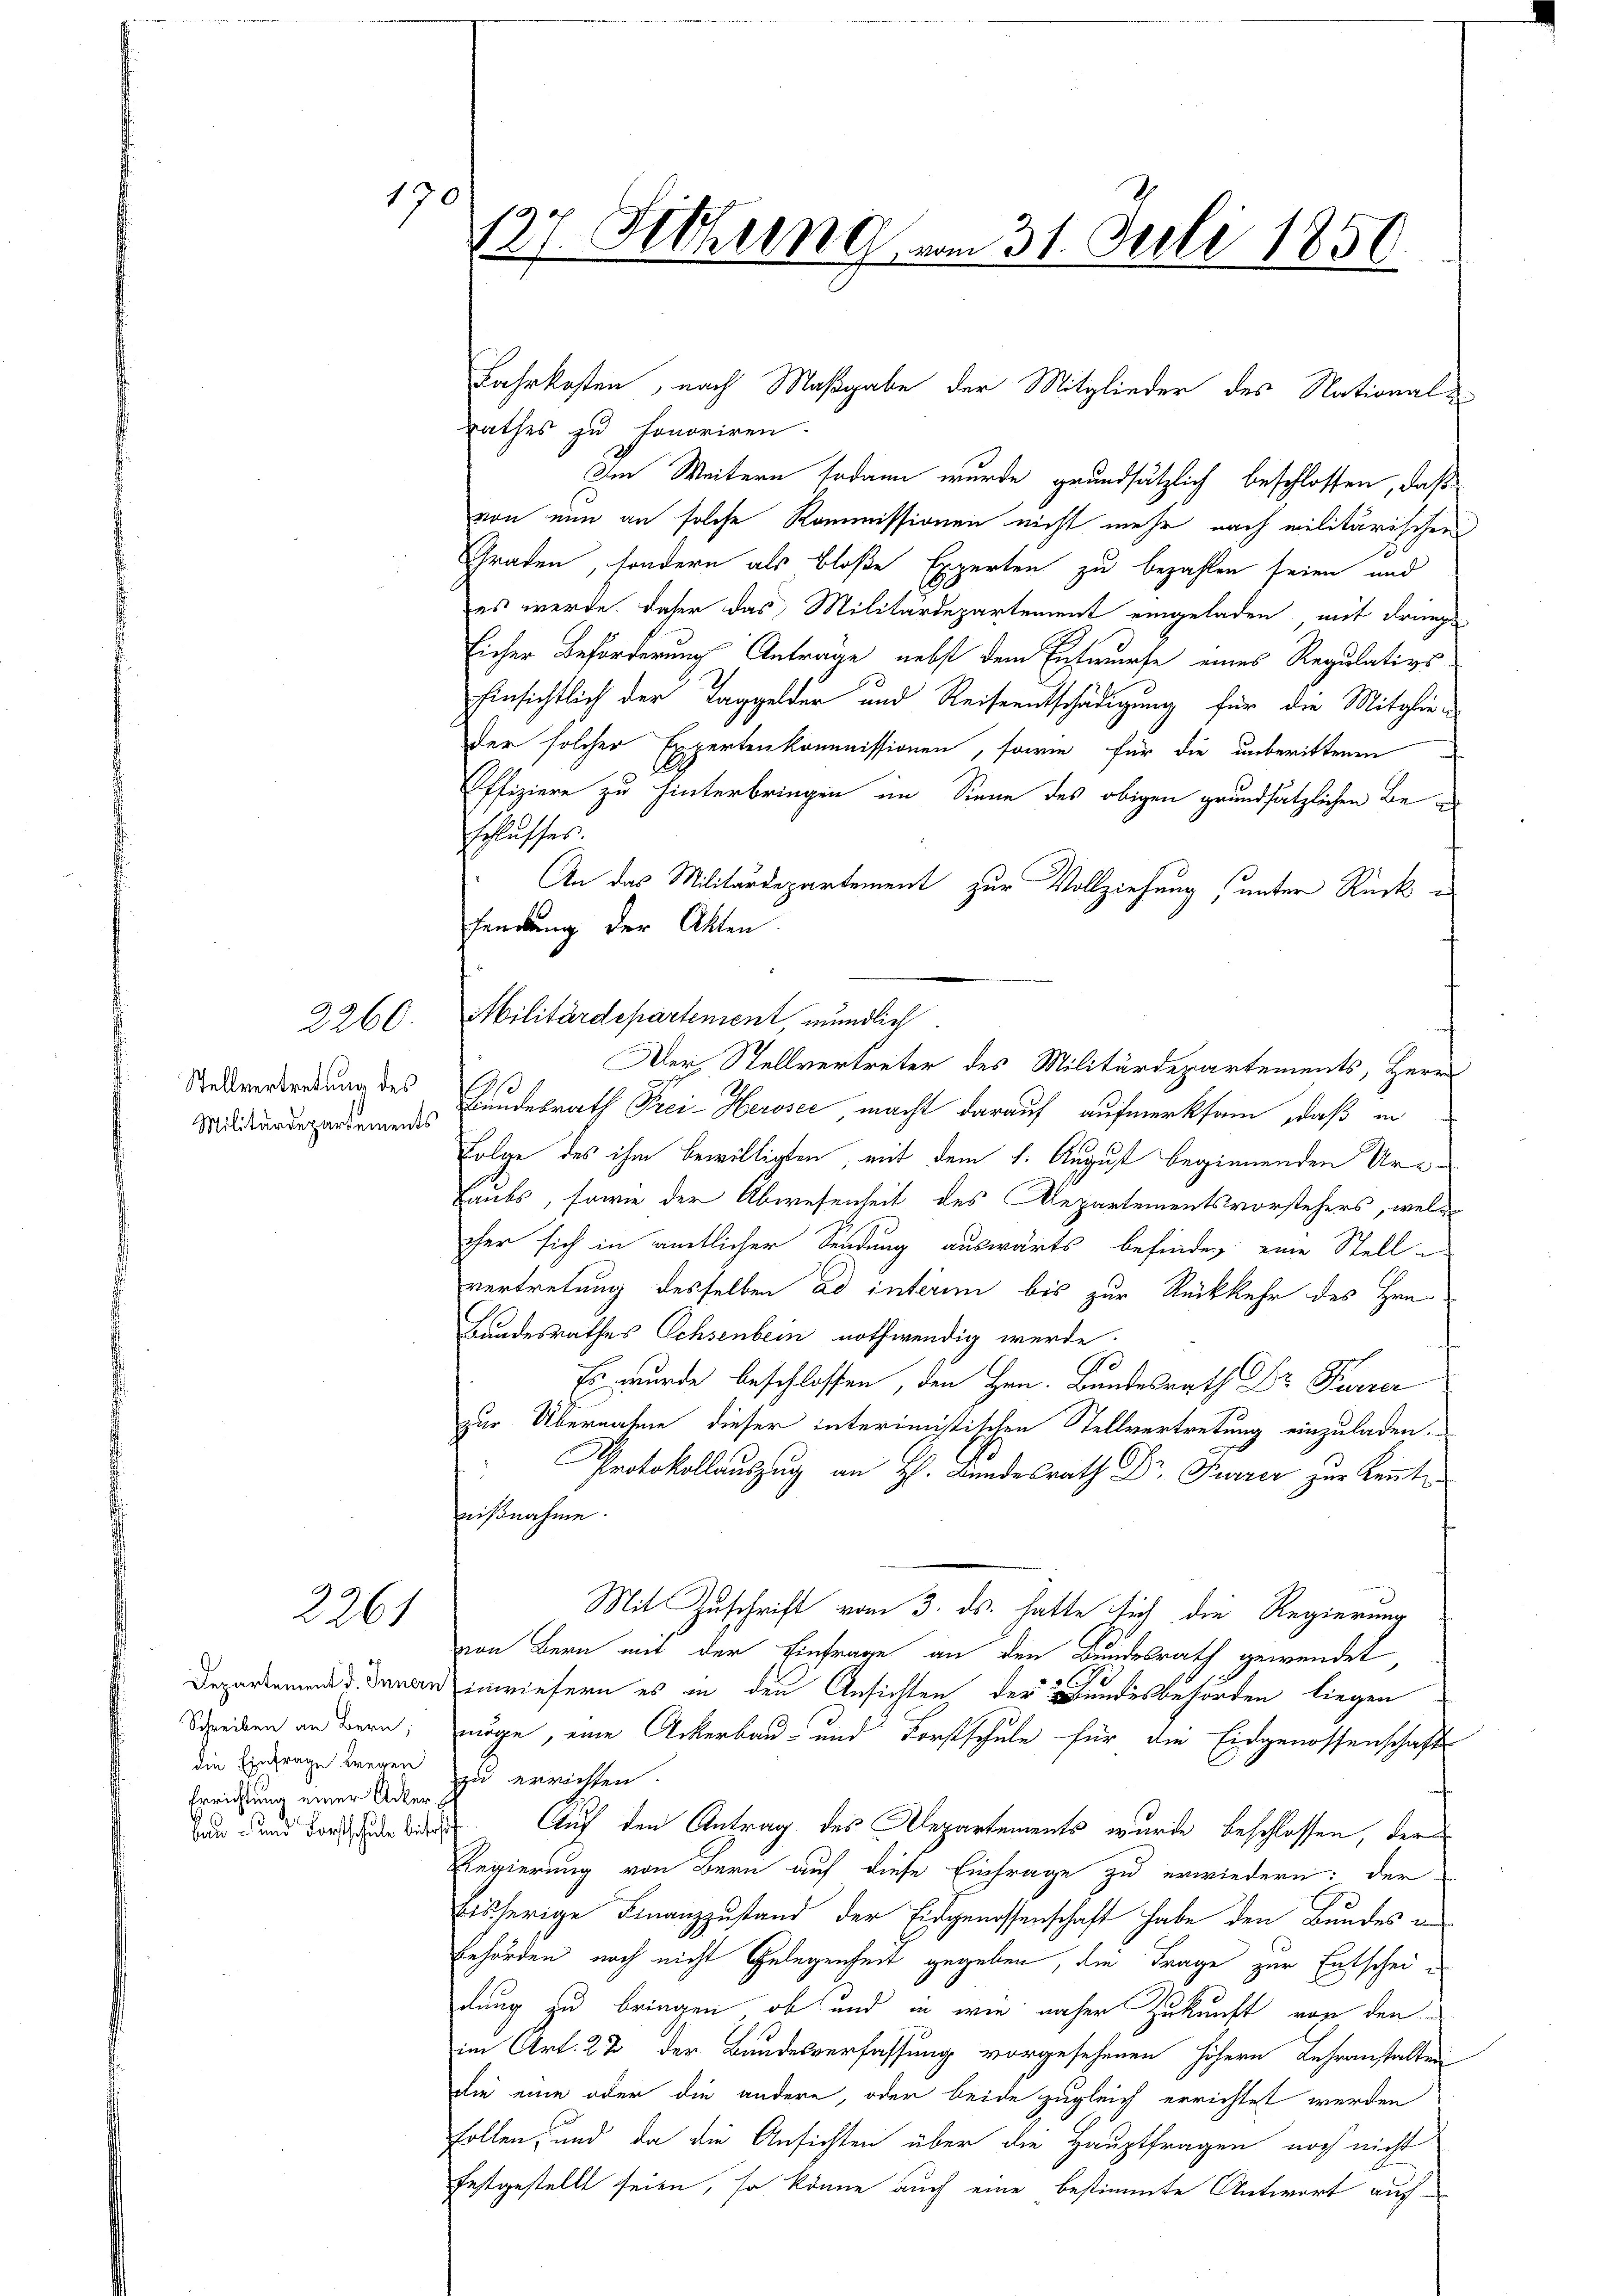
2260.

190

Stellvertretung des

2261

Schreiben an Bern,
die Einfrage wegen
Errichtung einer Acker.
Bau und Fortschule betref

127. Otthung vom 31. Juli 1850.

Rathes zu honoriren.
Im Weitern sodann wurde grundsätzlich beschlossen, daß
von eine an solche Kommissionen nicht mehr nach militärischen
Graden, sondern als bloße Experten zu bezahlen seien und
es werde. Daher das Militärdepartement eingeladen, mit dringe
Eicher Beförderung Anträge nebst dem Entwurfe eines Regulativs
Einsichtlich der Taggelder und Reiseentschädigung für die Mitglieder solcher Expertenkommissionen, sowie für die unberittenen
Effiziere zu hinterbringen im Sinne des obigen grundsätzlichen Beschlusses.
An das Militärdepartement zur Vollziehung unter Rück
Fendung der Akten
Midiarderorderung Bundesrath Prei-Heroser macht darauf aufmerksam, daß in
Folge des ihm bewilligten, mit dem 1. August beginnenden Ur¬
Lants, sowie der Abwesenheit des Departementsvorstehers, welcher sich in amtlicher Sendung auswärts befinden; eine Stell-
vertretung desselben ad interim bis zur Rückkehr des Hrn.
Bundesrathes Ochsenbein nothwendig werde.
Es wurde beschlossen, den Hrn. Bundesrath Dr Furrer
zur Übernahme dieser interimistischen Stellvertretung einzuladen.
" Protokollauszug an H. Landesrath Dr. Furrer zur Kennt
fausnahme.
Mit Zuschrift vom 3. ds. hatte sich die Regierung
von Bern mit der Einfrage an den Bundesrath gewendet,
Departemend dann inwiefern es in den Ansichten der Bundesbehörden liegen
möge, eine Ackerbau- und Forstschule für die Eidgenossenschaft
zu errichten.
Auf den Antrag des Departements wurde beschlossen, der
Regierung von Bern auf diese Einfrage zu erwiedern: der
bisherige Finanzzustand der Eidgenossenschaft habe den Bundes en
Behörden noch nicht Gelegenheit gegeben, die Frage zur Entscheidung zu bringen, ob und in wie näher Zukunft von den
im Art. 22 der Bundesverfassung vorgesehenen höhern Lehranstalten
die eine oder die andere, oder beide zugleich errichtet werden
follen, und da die Ansichten über die Hauptfragen noch nicht
festgestellt seien, so könne auch eine bestimmte Antwort auf¬

Militärdepartement, mündlich.

Fahrkosten, nach Maßgabe der Mitglieder des National-

Der Stellvertreter des Militärdepartements, Herr